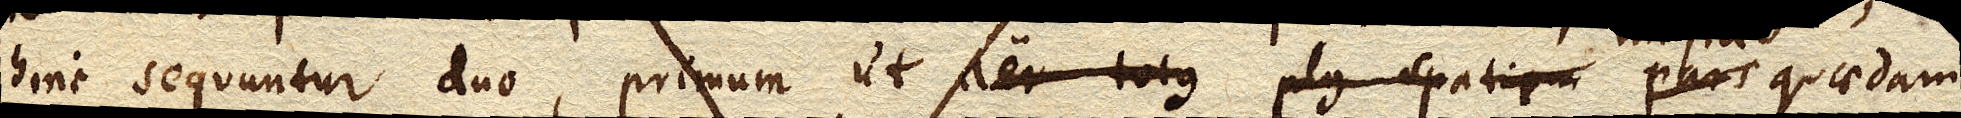
hinc sequuntur duo, primum ut aer totus plus spatii pars quaedam